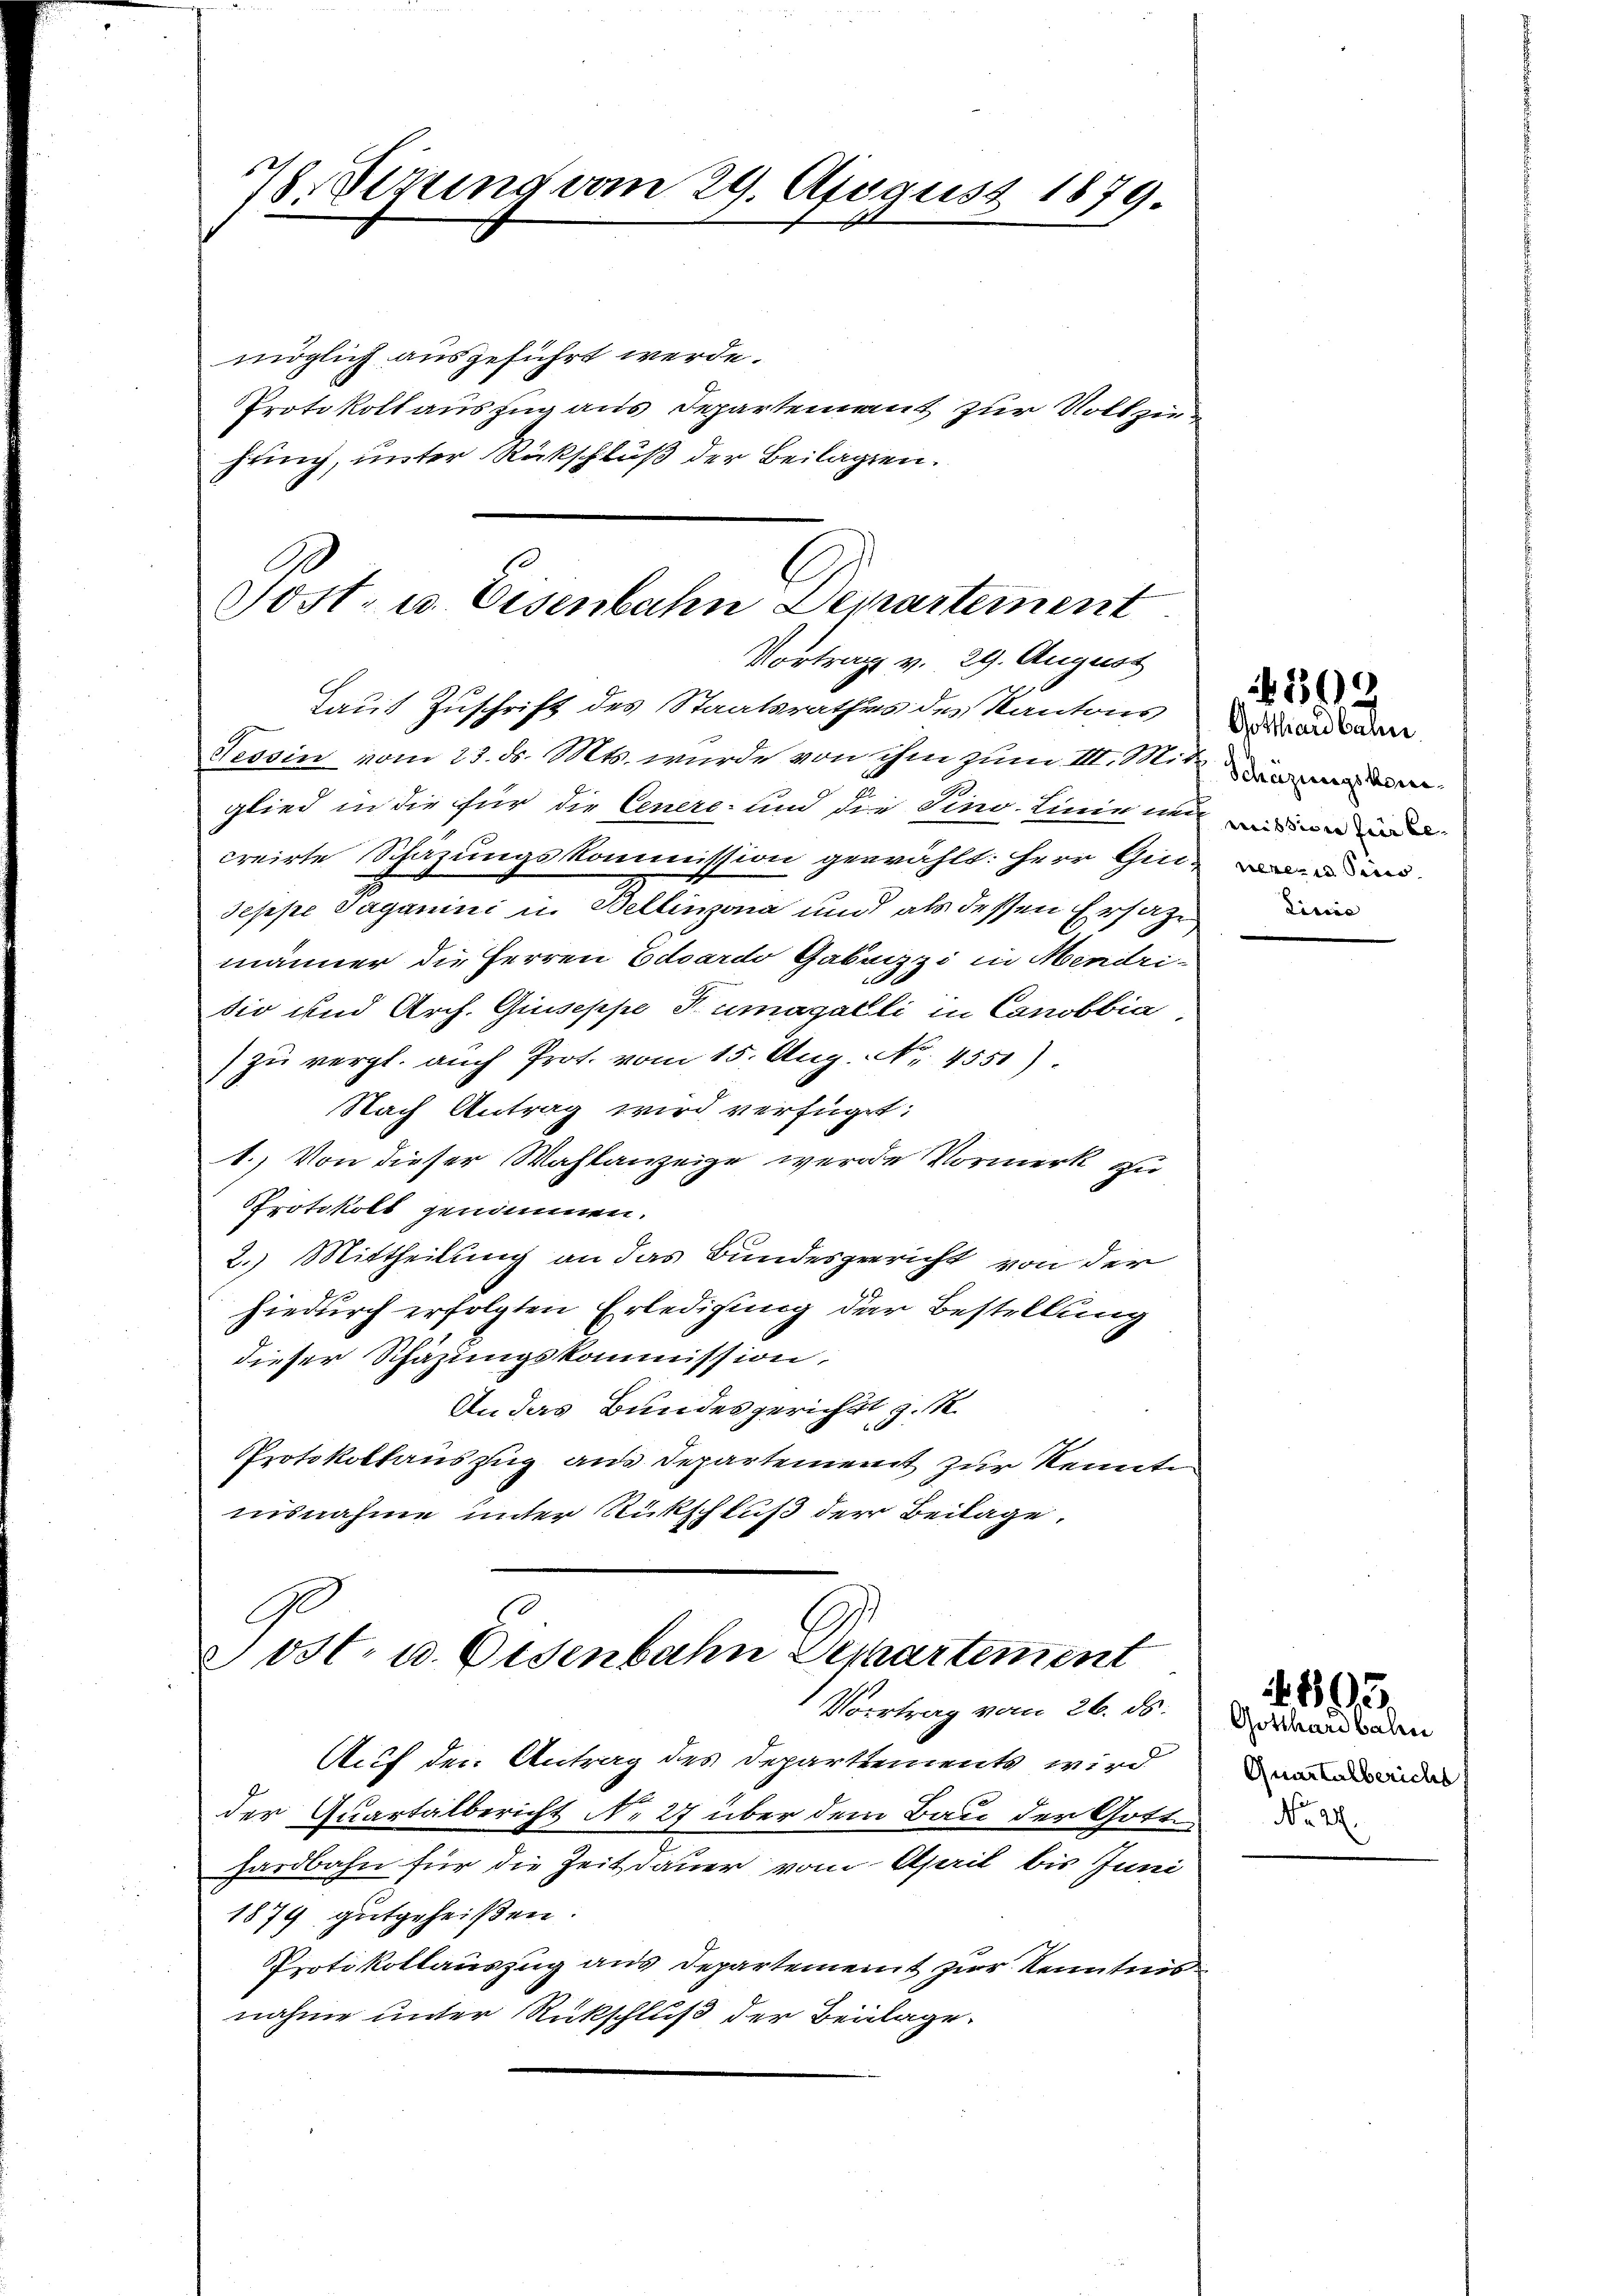
178. Sizung vom 29. August 1879.

möglich ausgeführt werde.
Protokollauszug aus Departement zur Vollziehung, unter Rückschluß der Beilagen.

Sost- u. Eisenbahn Departement
Vortrag v. 29. August
Taut Zuschrift des Staatsrathes des Kantons

Tessin vom 23. d. Mts. wurde von ihm zum III. Mit Sinnere
glied in die für die Genere und die Sino. Linie und in
creirte Schazungskommission gewählt: Herr Gie
seppe Saganini u. Bellinzona und als dessen Ersatzmänner die Herren Eduardo Gabuzzi in Mendrisio und Arch. Quiseppe Tumagalli in Canobbia,
) zu vergl. auch Prot. vom 15. Aug. No. 4551).
Nach Antrag wird verfügt:
1.) Von dieser Wahlanzeige werde Vormerk zu
Protokolt genommen.
2.) Mittheilung an das Bundesgericht von der
hiedurch erfolgten Erledigung der Bestellung
dieser Schazungskommission,
An das Bundesgerichtt v. M.
Protokollauszug aus Departement zur Kennte
insnahme unter Rückschluß der Beilage.
5
C

ost- u. Eisenbahn Departement

Vortrag vom 26. ds.
Auf den Antrag des Departtements wird
der Quartalbericht N. 27 über dem Bau der Gott.
hardbahn für die Zeitdauer vom April bis Juni
1879 gutgeheißen.
Protokollauszug aus Departement zur Kenntnis
nahme unter Rückschluß der Beilage.

Gotthardbahn
Lirice

1509

Gotthardbahn
Quartalbericht
No. 2.

1803.